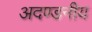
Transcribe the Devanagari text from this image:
अदण्डनीय